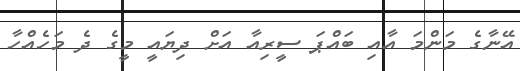
އޭނާގެ މަންމަ އާއި ބައްޕަ ސީރިއާ އަށް ދިޔައީ މީގެ ދެ މަހެެއްހާ